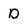
Character: D